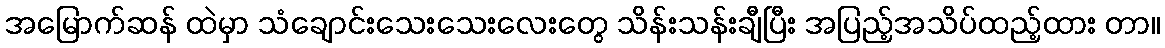
အမြောက်ဆန် ထဲမှာ သံချောင်းသေးသေးလေးတွေ သိန်းသန်းချီပြီး အပြည့်အသိပ်ထည့်ထား တာ။